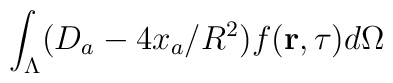
\int_{\Lambda}(D_a-4x_a/R^2)f({\bf r},\tau)d\Omega